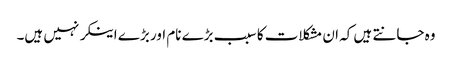
وہ جانتے ہیں کہ ان مشکلات کا سبب بڑے نام اور بڑے اینکر نہیں ہیں۔